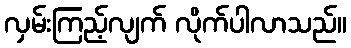
လှမ်းကြည့်လျက် လိုက်ပါလာသည်။